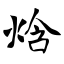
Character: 焓